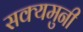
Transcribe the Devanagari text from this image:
सक्यमुनी